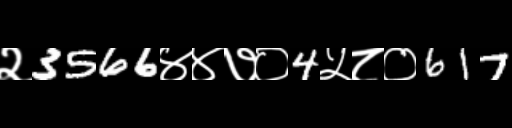
Text: २3566४४७०4५८०617